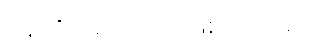
နေထိုင်မကောင်းဖြစ်ကြသည်။